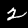
Digit: 2